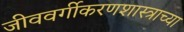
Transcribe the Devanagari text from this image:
जीववर्गीकरणशास्त्राच्या